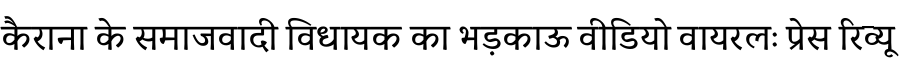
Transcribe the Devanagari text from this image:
कैराना के समाजवादी विधायक का भड़काऊ वीडियो वायरलः प्रेस रिव्यू